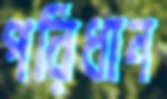
পরিধান